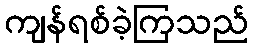
ကျန်ရစ်ခဲ့ကြသည်